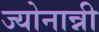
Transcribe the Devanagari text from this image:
ज्योनान्नी